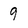
Character: 9